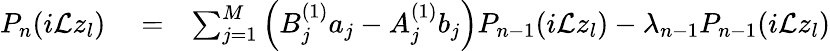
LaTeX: \begin{array}{rlr}{P_{n}(i\mathcal{L}z_{l})}&{{}=}&{\sum_{j=1}^{M}\left(B_{j}^{(1)}a_{j}-A_{j}^{(1)}b_{j}\right)P_{n-1}(i\mathcal{L}z_{l})-\lambda_{n-1}P_{n-1}(i\mathcal{L}z_{l})}\end{array}